Senior Leaving Certificate Examination (including Day School Certificate (Higher) General paper), 1946
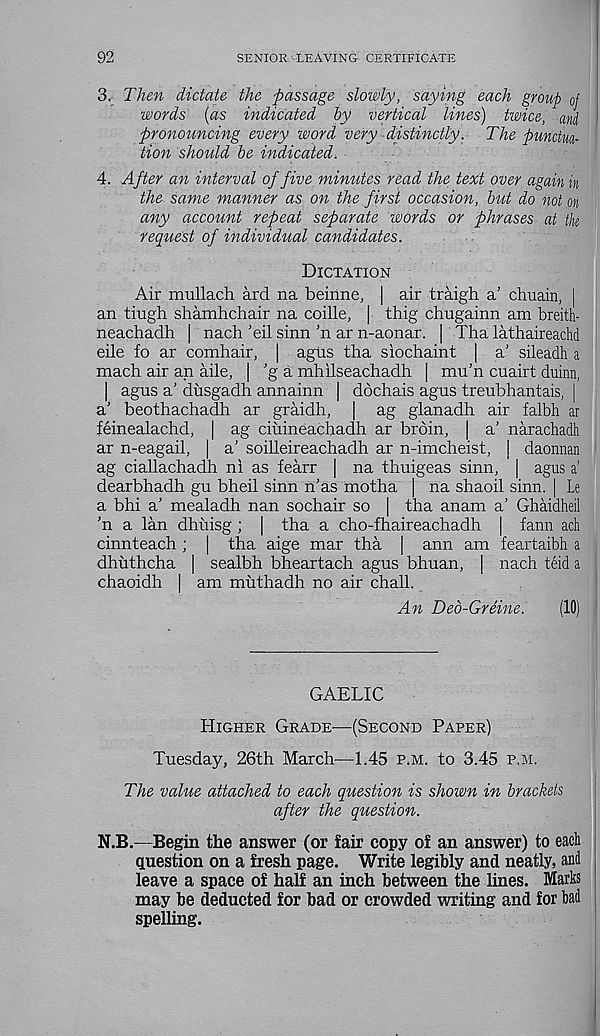
92
SENIOR LEAVING CERTIFICATE
3. Then dictate the passage slowly, saying each group of
words (as indicated by vertical lines) twice, and
pronouncing every word very -distinctly. The punctua-
tion should be indicated.
4. After an interval of five minutes read the text over again in
the same manner as on the first occasion, but do not on
any account repeat separate words or phrases at the
request of individual candidates.
Dictation
Air mullach ard na beirine, | air traigh a’ cimain, |
an tiugh shamhchair na coille, | thig chugainn am breith-
neachadh | nach 'eil sinn 'n ar n-aonar. | Tha lathaireachd
eile fo ar comhair, | agirs tha siochaint | a' sileadh a
mach air an aile, [ ’g a mhilseachadh | mu’n cuairt duinn,
| agus a' diisgadh annainn | dochais agus treubhantais, |
a’ beothachadh ar graidh, | ag glanadh air falbh ai
feinealachd, | ag ciiiineachadh ar brdin, | a’ narachadh
ar n-eagail, | a’ soilleireachadh ar n-imcheist, | daonnan
ag ciallachadh ni as fearr | na thuigeas sinn, | agus a’
dearbhadh gu bheil sinn n’as mo tha | na shaoil sinn. | Le
a bhi a' mealadh nan sochair so | tha anam a' Ghaidheil
'n a lan dhiiisg ; | tha a cho-fhaireachadh | fann acli
cinnteach; | tha aige mar tha | ann am feartaibh a
dhuthcha | sealbh bheartach agus bhuan, | nach teid a
chaoidh | am muthadh no air chall.
An Ded-Greine.
(10)
GAELIC
Higher Grade—(Second Paper)
Tuesday, 26th March—1.45 p.m. to 3.45 p.m.
The value attached to each question is shown in brackets
after the question.
N.B.—Begin the answer (or fair copy of an answer) to each
question on a fresh page. Write legibly and neatly, and
leave a space of half an inch between the lines. Marks
may be deducted for bad or crowded writing and for bad
spelling.